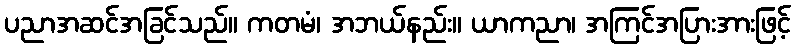
ပညာအဆင်အခြင်သည်။ ကတမံ၊ အဘယ်နည်း။ ယာကညာ၊ အကြင်အပြားအားဖြင့်